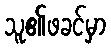
သူ၏ဖခင်မှာ